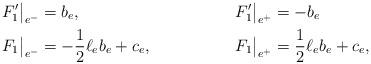
LaTeX: \begin{align*} F_1'\big|_{e^-} &= b_e, & F_1'\big|_{e^+} &= -b_e \\ F_1\big|_{e^-} &= -\frac12 \ell_e b_e + c_e, & F_1\big|_{e^+} &= \frac12 \ell_e b_e + c_e,\end{align*}